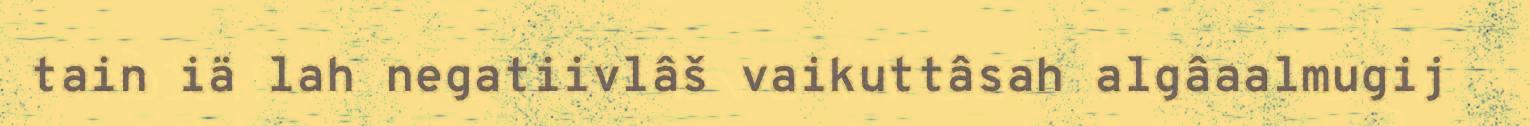
tain iä lah negatiivlâš vaikuttâsah algâaalmugij